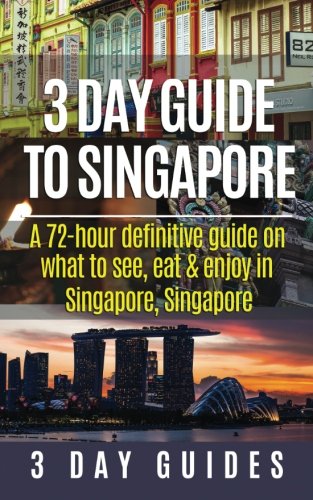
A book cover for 3 Day Guide to Singapore: A 72-hour Definitive Guide on What to See, Eat and Enjoy in Singapore, Singapore (3 Day Travel Guides) (Volume 12); 3 Day City Guides; Travel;